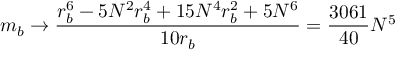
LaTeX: m _ { b } \rightarrow \frac { r _ { b } ^ { 6 } - 5 N ^ { 2 } r _ { b } ^ { 4 } + 1 5 N ^ { 4 } r _ { b } ^ { 2 } + 5 N ^ { 6 } } { 1 0 r _ { b } } = \frac { 3 0 6 1 } { 4 0 } N ^ { 5 }